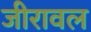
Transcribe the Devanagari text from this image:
जीरावल